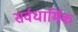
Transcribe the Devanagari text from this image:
सर्वधार्मिक